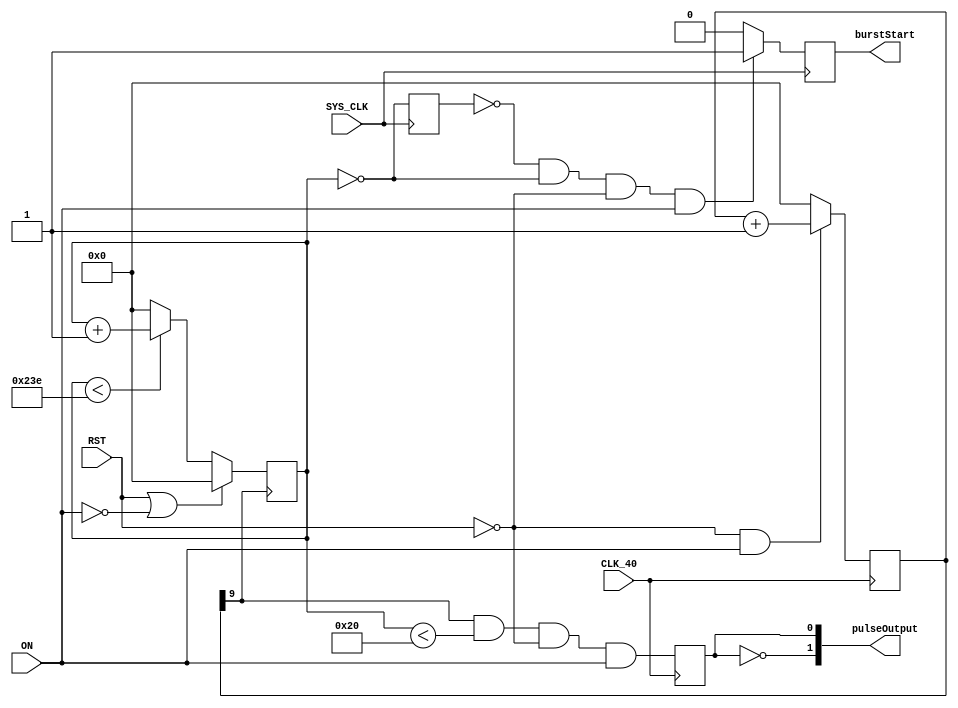
//=================================================
// ULTRASONIC TRANSMITTER MODULE
//=================================================
module ultrasonicTransmitter # (parameter initial_delay = 0)(
	input 			SYS_CLK,
	input 			CLK_40,
	input 			RST, ON,

	output 			burstStart,
	output [1:0] 	pulseOutput
);

	// Generate 40.21139746kHz pulse for the Ultrasonic Transmitter:
	reg [9:0] usonic;
	always @(posedge CLK_40)
		usonic <= & (~RST & ON) ? usonic + 1 : 0;
	
	// Generate a burst of 32 pulses, then wait approx 14ms:
	reg [9:0] counter_burst;
	always @(posedge usonic[9]) begin
		if (RST | ~ON) begin
			counter_burst <= initial_delay;
		end 
		else begin
			counter_burst <= (counter_burst < 574) ? counter_burst + 1 : 0;
		end
	end		
	
	reg startPREV, startEDGE;
	always @(posedge SYS_CLK) begin
		startPREV <= (counter_burst == 0);
		startEDGE <= ~startPREV & (counter_burst == 0) & ~RST & ON ? 1 : 0;	
	end
	
	assign burstStart = startEDGE;
	
	reg usonicpulse;
	always @(posedge CLK_40)
		usonicpulse <= usonic[9] & (counter_burst < 32) & ~RST & ON;
	
	//assign GPIO_1[24] = usonicpulse;	
	//assign GPIO_1[25] = ~usonicpulse;
	assign pulseOutput = {~usonicpulse, usonicpulse};
	
endmodule